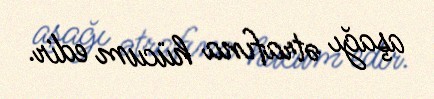
aşağı ətrafına hücum edir.